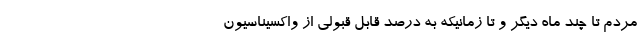
مردم تا چند ماه دیگر و تا زمانیکه به درصد قابل قبولی از واکسیناسیون